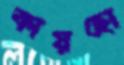
কায়হো